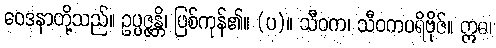
ဝေဒနာတို့သည်။ ဥပ္ပဇ္ဇန္တိ၊ ဖြစ်ကုန်၏။ (ပ)။ သီဝက၊ သီဝကပရိဗိုဇ်။ ဣဓ၊